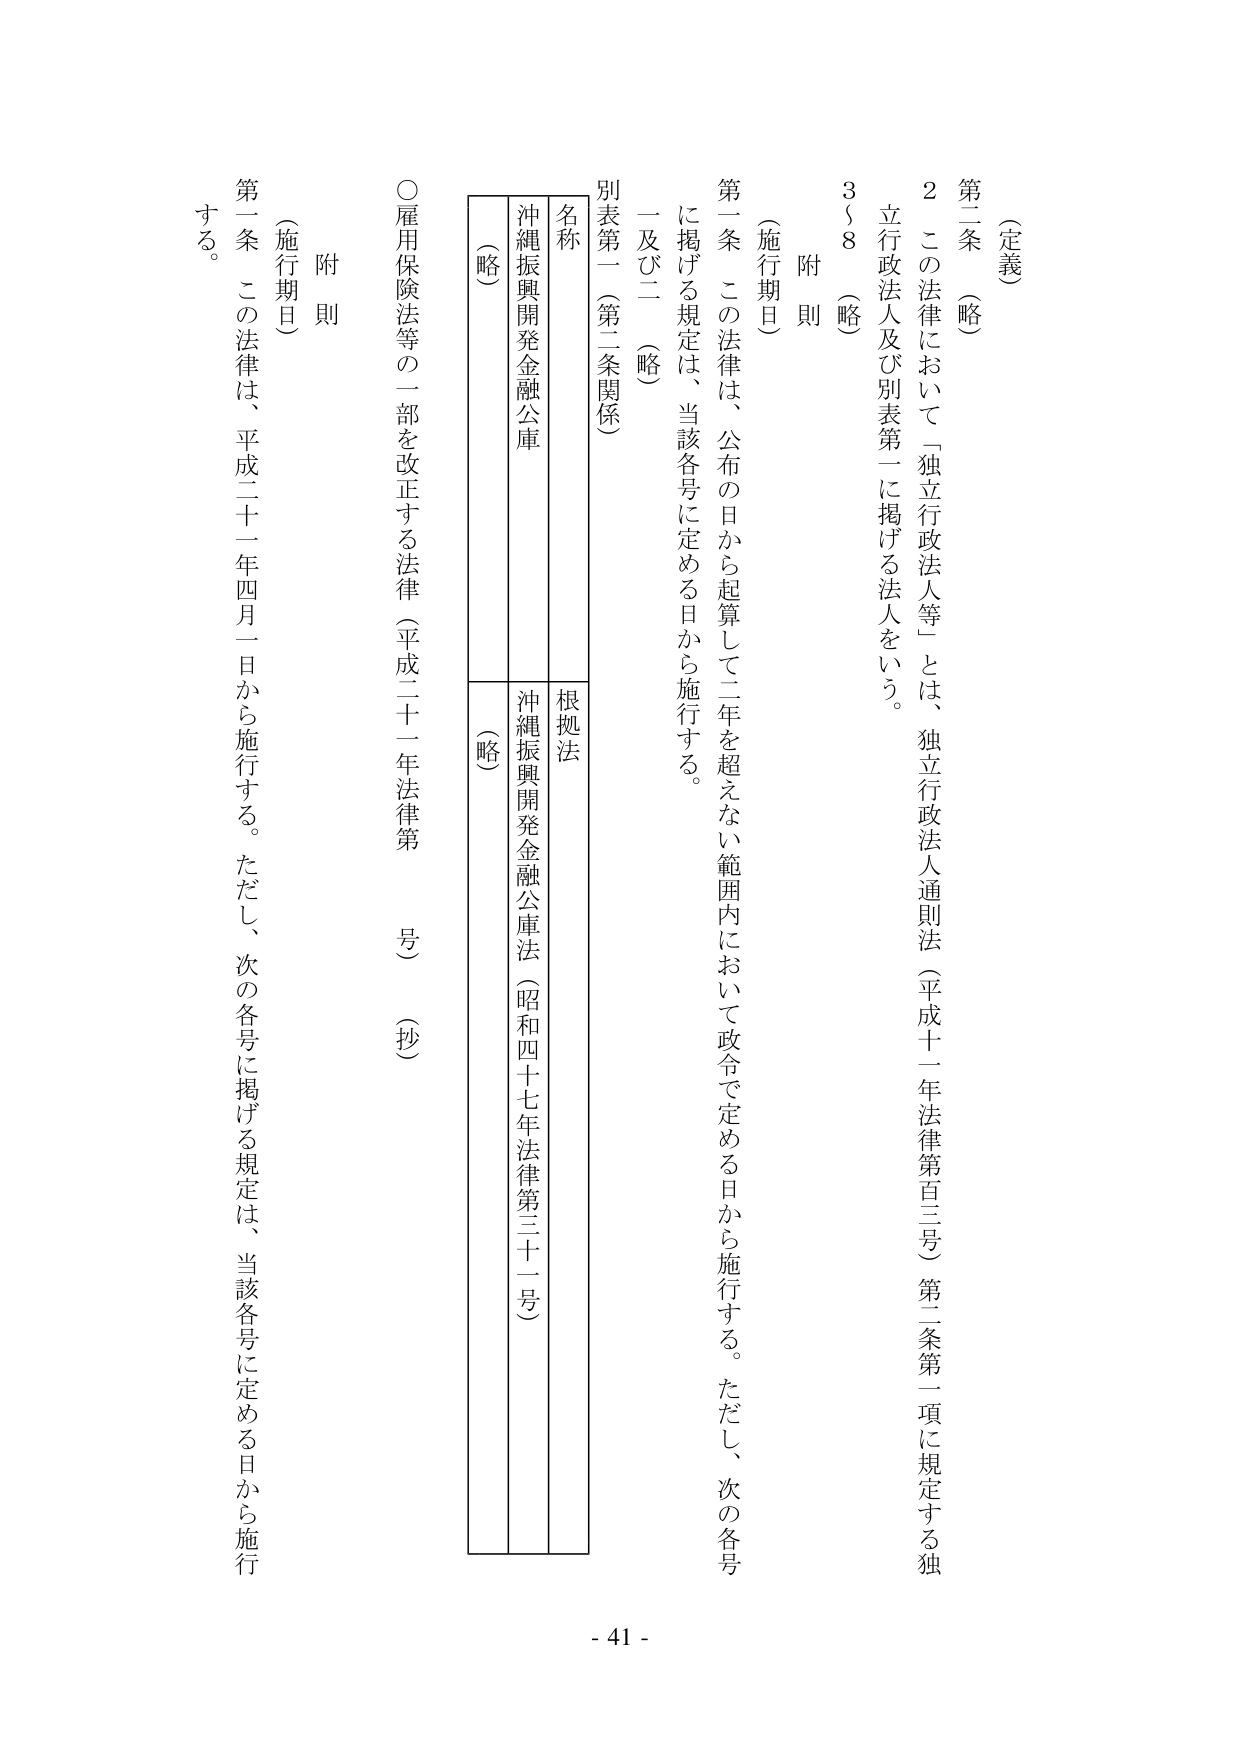
（定義）

第二条（略）

２ この法律において「独立行政法人等」とは、独立行政法人通則法（平成十一年法律第百三号）第二条第二項に規定する独立行政法人及び別表第一に掲げる法人をいう。

３～８（略）

附則

（施行期日）

第一条 この法律は、公布の日から起算して二年を超えない範囲内において政令で定める日から施行する。ただし、次の各号に掲げる規定は、当該各号に定める日から施行する。

一及び二（略）

別表第一（第二条関係）

名称